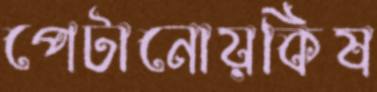
পেটানোয়কিষ